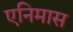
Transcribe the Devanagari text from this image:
एनिमास